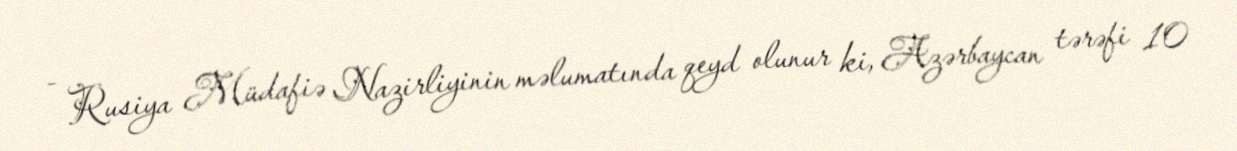
- Rusiya Müdafiə Nazirliyinin məlumatında qeyd olunur ki, Azərbaycan tərəfi 10